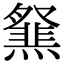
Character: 𤑪